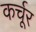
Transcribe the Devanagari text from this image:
कर्चूर